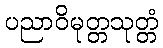
ပညာဝိမုတ္တသုတ္တံ